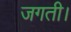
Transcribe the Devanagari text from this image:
जगती।